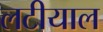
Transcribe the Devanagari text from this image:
लटीयाल